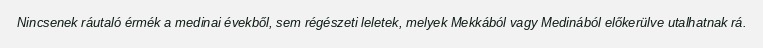
Nincsenek ráutaló érmék a medinai évekből, sem régészeti leletek, melyek Mekkából vagy Medinából előkerülve utalhatnak rá.